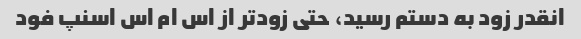
انقدر زود به دستم رسید، حتی زودتر از اس ام اس اسنپ فود